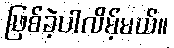
ဖြစ်ခဲ့ပါလိမ့်မယ်။